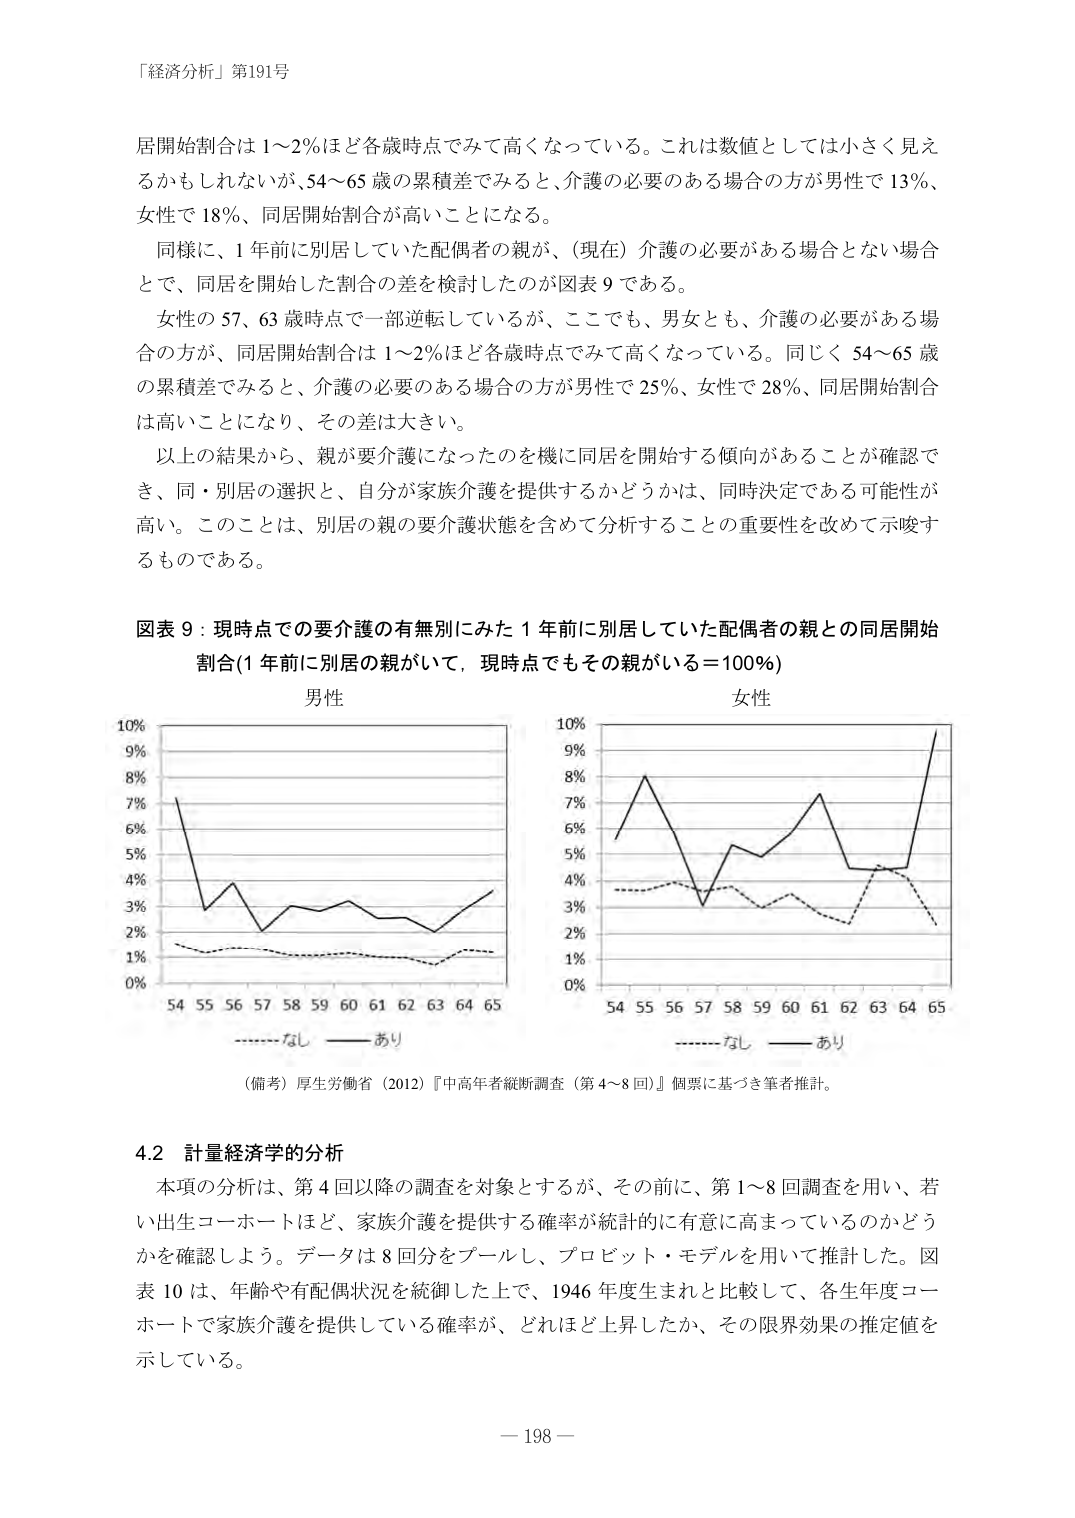
「経済分析」第191号

居開始割合は1～2％ほど各歳時点でみて高くなっている。これは数値としては小さく見えるかもしれないが、54～65歳の累積差でみると、介護の必要のある場合の方が男性で13％、女性で18％、同居開始割合が高いことになる。

同様に、1年前に別居していた配偶者の親が、（現在）介護の必要がある場合とない場合とで、同居を開始した割合の差を検討したのが図表9である。

女性の57、63歳時点で一部逆転しているが、ここでも、男女とも、介護の必要がある場合の方が、同居開始割合は1～2％ほど各歳時点でみて高くなっている。同じく54～65歳の累積差でみると、介護の必要のある場合の方が男性で25％、女性で28％、同居開始割合が高いことになり、その差は大きい。

以上の結果から、親が要介護になったのを機に同居を開始する傾向があることが確認でき、同・別居の選択と、自分が家族介護を提供するかどうかは、同時決定である可能性が高い。このことは、別居の親の要介護状態を含めて分析することの重要性を改めて示唆するものである。

図表9：現時点での要介護の有無別にみた1年前に別居していた配偶者の親との同居開始割合（1年前に別居の親がいて、現時点でもその親がいる＝100％）

男性
女性

（備考）厚生労働省（2012）『中高年者縦断調査（第4～8回）』個票に基づき筆者推計。

4.2 計量経済学的分析

本項の分析は、第4回以降の調査を対象とするが、その前に、第1～8回調査を用い、若い出生コホートほど、家族介護を提供する確率が統計的に有意に高まっているのかどうかを確認しよう。データは8回分をプールし、プロビット・モデルを用いて推計した。図表10は、年齢や有配偶状況を統制した上で、1946年度生まれと比較して、各生年度コホートで家族介護を提供している確率が、どれほど上昇したか、その限界効果の推定値を示している。

－198－